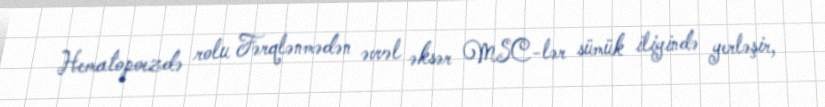
Hematopoezdə rolu Fərqlənmədən əvvəl əksər MSC-lər sümük iliyində yerləşir,